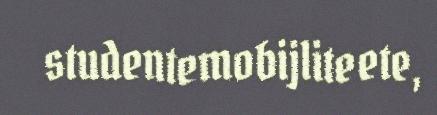
studentemobijliteete,